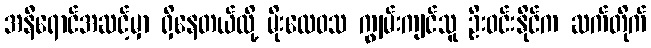
အနီရောင်အဆင့်မှာ ရှိနေတယ်လို့ မိုးလေဝသ ကျွမ်းကျင်သူ ဦးဝင်းနိုင်က ဆက်တိုက်